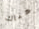
هناك